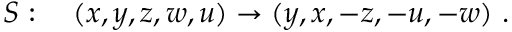
S : \quad ( x , y , z , w , u ) \to ( y , x , - z , - u , - w ) ~ .